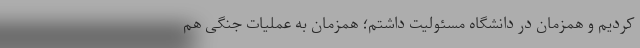
کردیم و همزمان در دانشگاه مسئولیت داشتم؛ همزمان به عملیات جنگی هم